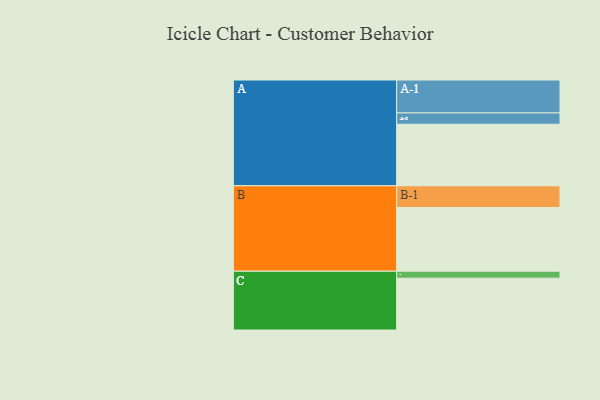
{"axis": {"x": "Segment", "y": "Value"}, "legend": ["", "A", "B", "C"], "data": [{"x": "A", "y": 550, "type": ""}, {"x": "B", "y": 569, "type": ""}, {"x": "C", "y": 463, "type": ""}, {"x": "A-1", "y": 294, "type": "A"}, {"x": "A-2", "y": 101, "type": "A"}, {"x": "B-1", "y": 194, "type": "B"}, {"x": "C-1", "y": 62, "type": "C"}]}